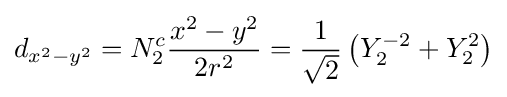
d_{x^{2}-y^{2}}=N_{2}^{c}{\frac {x^{2}-y^{2}}{2r^{2}}}={\frac {1}{\sqrt {2}}}\left(Y_{2}^{-2}+Y_{2}^{2}\right)